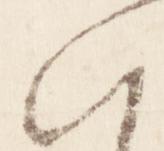
朝